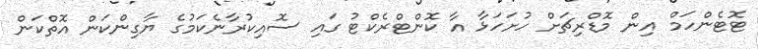
ޓޮޓެންހަމް އިން މޮޑްރިޗަށް ހުށަހަޅާ އާ ކޮންޓްރެކްޓު ގައި ސޮއިކުރާނެކަމުގެ ޔާގިންކަން އޮތްކަން